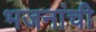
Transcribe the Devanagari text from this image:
भजनांची